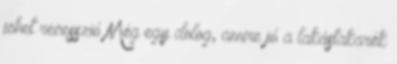
jöhet recesszió Még egy dolog, amire jó a lakástakarék